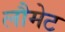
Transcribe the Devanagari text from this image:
लौमेट